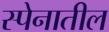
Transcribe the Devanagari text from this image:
स्पेनातील